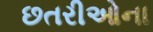
છતરીઓના